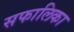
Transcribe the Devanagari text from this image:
सफालिका